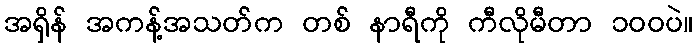
အရှိန် အကန့်အသတ်က တစ် နာရီကို ကီလိုမီတာ ၁၀၀ပဲ။